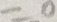
= 0